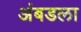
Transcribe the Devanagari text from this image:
अंबडला